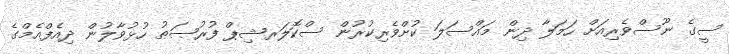
ސީގެ ނޫސްވެރިއަށް ހަމަލާ ދިން މައްސަލަ ކުށްވެރިކުރުން ސްކޮލަރޝިޕް ފުރުޞަޠު ހުޅުވާލުން ދިއެފްއެމްގެ